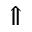
\Uparrow